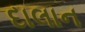
દાલાન